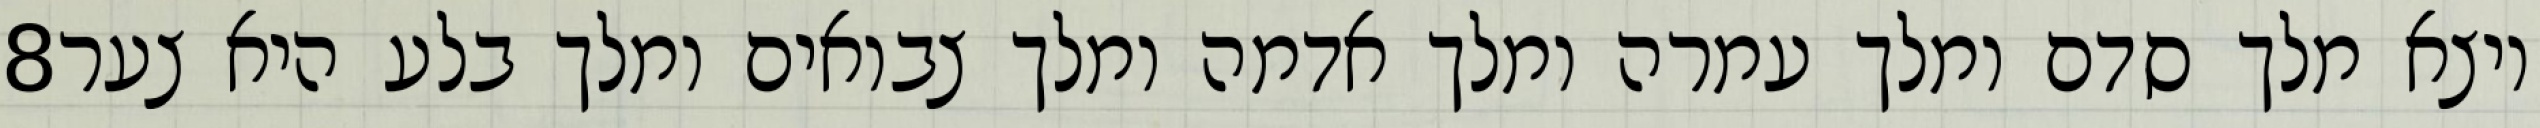
‎8‏ ויצא מלך סדם ומלך עמרה ומלך אדמה ומלך צבואים ומלך בלע היא צער